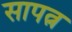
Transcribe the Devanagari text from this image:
सापत्न